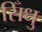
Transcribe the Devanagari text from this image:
सिँधु